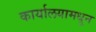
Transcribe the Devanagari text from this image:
कार्यालयामधून